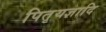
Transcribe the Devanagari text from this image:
पितृयज्ञादि